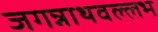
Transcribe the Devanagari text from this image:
जगन्नाथवल्लभ